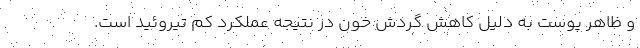
و ظاهر پوست به دلیل کاهش گردش خون در نتیجه عملکرد کم تیروئید است.